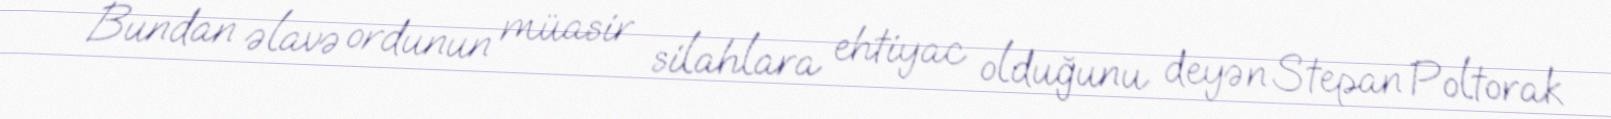
Bundan əlavə ordunun müasir silahlara ehtiyac olduğunu deyən Stepan Poltorak